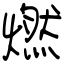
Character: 燃